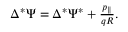
\begin{array} { r } { \Delta ^ { * } \Psi = \Delta ^ { * } \Psi ^ { * } + \frac { p _ { \| } } { q R } . } \end{array}